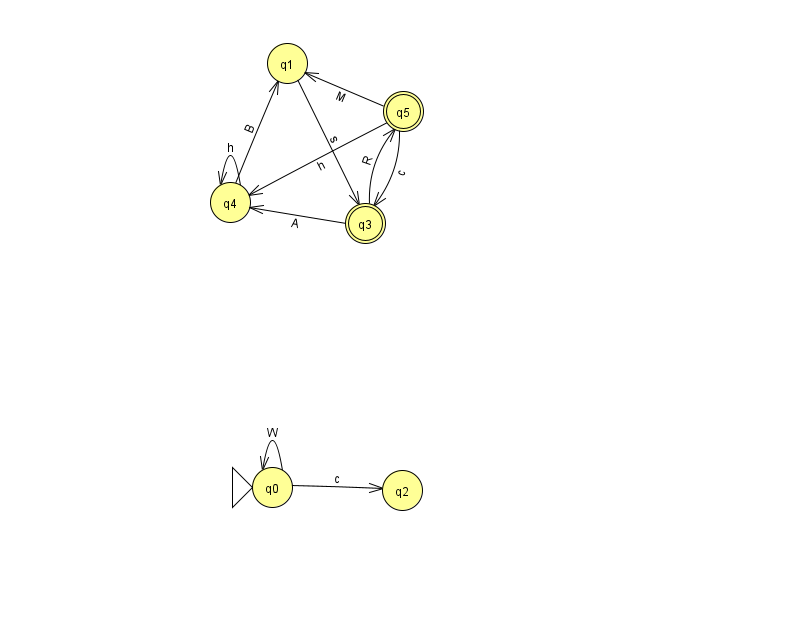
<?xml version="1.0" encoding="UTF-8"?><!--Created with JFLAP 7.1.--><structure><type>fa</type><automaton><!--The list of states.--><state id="0" name="q0"><x>272.0</x><y>474.0</y><initial/></state><state id="1" name="q1"><x>287.0</x><y>50.0</y></state><state id="2" name="q2"><x>402.0</x><y>477.0</y></state><state id="3" name="q3"><x>365.0</x><y>210.0</y><final/></state><state id="4" name="q4"><x>230.0</x><y>189.0</y></state><state id="5" name="q5"><x>403.0</x><y>98.0</y><final/></state><!--The list of transitions.--><transition><from>1</from><to>3</to><read>s</read></transition><transition><from>5</from><to>1</to><read>M</read></transition><transition><from>5</from><to>4</to><read>h</read></transition><transition><from>3</from><to>4</to><read>A</read></transition><transition><from>0</from><to>0</to><read>W</read></transition><transition><from>4</from><to>1</to><read>B</read></transition><transition><from>0</from><to>2</to><read>c</read></transition><transition><from>4</from><to>4</to><read>h</read></transition><transition><from>5</from><to>3</to><read>c</read></transition><transition><from>3</from><to>5</to><read>R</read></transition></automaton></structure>